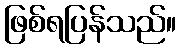
ဖြစ်ရပြန်သည်။